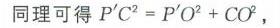
同理可得\(P'C^{2}=P'O^{2}+CO^{2}\)，